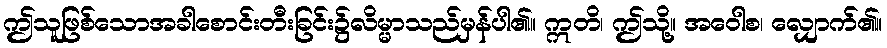
ဤသူဖြစ်သောအခါစောင်းတီးခြင်း၌လိမ္မာသည်မှန်ပါ၏။ ဣတိ၊ ဤသို့။ အဝေါစ၊ လျှောက်၏။